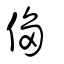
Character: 㑳